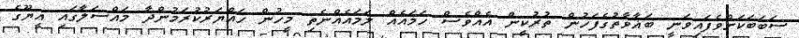
ސަބަބަކަށްވެފައިވަނީ ބަޣާވާތުގެފަހުން ތުރުކީން އެއްވެސް ހަމައެއް ލަމައެއްނެތި މީހުން ހައްޔަރުކުރަމުންދާ މައްސަލާގައި އީޔޫގެ